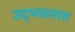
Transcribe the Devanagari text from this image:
उद्‍भवतात